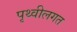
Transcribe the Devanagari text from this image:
पृथ्वीलगत